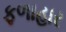
ફળાહાર